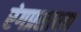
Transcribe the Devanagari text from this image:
रंगप्रसाधन